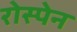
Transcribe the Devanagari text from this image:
रोस्पेन